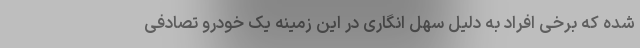
شده که برخی افراد به دلیل سهل انگاری در این زمینه یک خودرو تصادفی